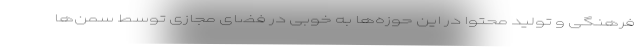
فرهنگی و تولید محتوا در این حوزه‌ها به خوبی در فضای مجازی توسط سمن‌ها